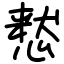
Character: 慭